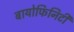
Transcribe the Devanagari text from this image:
बायोफिनिटी